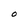
Character: O